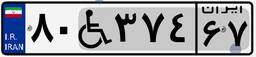
۸۰W۳۷۴۶۷